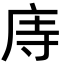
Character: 庤